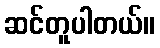
ဆင်တူပါတယ်။